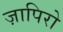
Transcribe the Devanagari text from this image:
ज़ापिरो